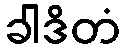
ခါဒိတံ